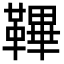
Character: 鞸